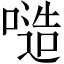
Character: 𠻛